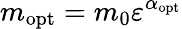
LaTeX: m_{\mathrm{opt}}=m_{0}\varepsilon^{\alpha_{\mathrm{opt}}}